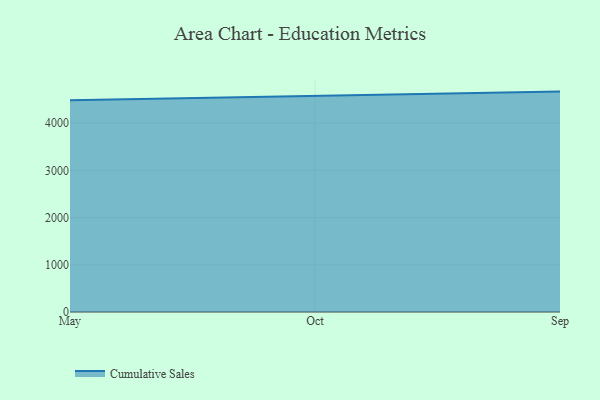
{"axis": {"x": "Month", "y": "Budget (USD K)"}, "legend": ["Cumulative Sales"], "data": [{"x": "May", "y": 4486.0, "type": "Cumulative Sales"}, {"x": "Oct", "y": 4571.6, "type": "Cumulative Sales"}, {"x": "Sep", "y": 4670.0, "type": "Cumulative Sales"}]}